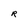
Character: R